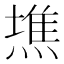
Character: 𤍫